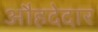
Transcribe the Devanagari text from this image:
औहदेदार